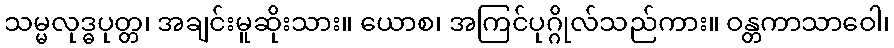
သမ္မလုဒ္ဓပုတ္တ၊ အချင်းမူဆိုးသား။ ယောစ၊ အကြင်ပုဂ္ဂိုလ်သည်ကား။ ဝန္တကာသာဝေါ၊